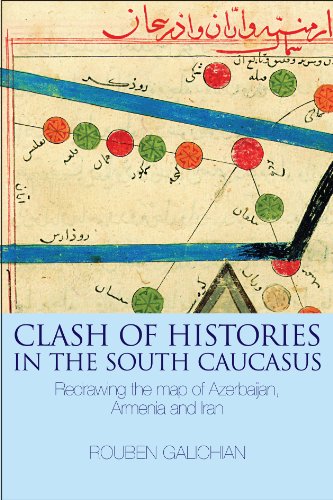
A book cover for Clash of Histories in the South Caucasus: Redrawing the Map of Azerbaijan, Armenia and Iran; Rouben Galichian; Travel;